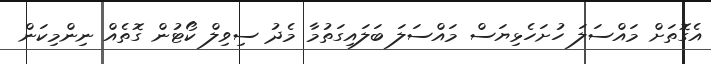
އެގޮތަށް މައްސަލަ ހުށަހެޅިޔަސް މައްސަލަ ބަލައިގަތުމާ މެދު ސިވިލް ކޯޓުން ގޮތެއް ނިންމިކަން